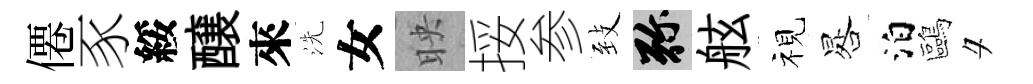
僊豕綏醸來洗女映挼参𦤺弥舷视晷泊鷗夕